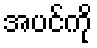
အပင်ကို